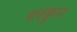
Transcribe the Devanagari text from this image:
थरकून